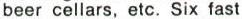
beer cellars, etc. Six fast